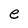
Character: e